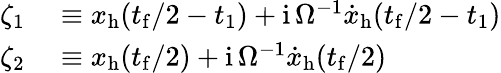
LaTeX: \begin{array}{rl}{\zeta_{1}}&{{}\equiv x_{\mathrm{h}}(t_{\mathrm{f}}/2-t_{1})+\mathrm{i}\, \Omega^{-1}{\dot{x}}_{\mathrm{h}}(t_{\mathrm{f}}/2-t_{1})}\\ {\zeta_{2}}&{{}\equiv x_{\mathrm{h}}(t_{\mathrm{f}}/2)+\mathrm{i}\, \Omega^{-1}{\dot{x}}_{\mathrm{h}}(t_{\mathrm{f}}/2)}\end{array}